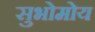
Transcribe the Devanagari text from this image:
सुभोमोय